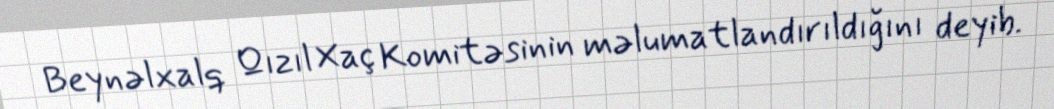
Beynəlxalq Qızıl Xaç Komitəsinin məlumatlandırıldığını deyib.